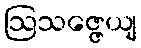
ဩသဇ္ဇေယျ